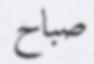
صباح